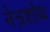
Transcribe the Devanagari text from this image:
नेत्रशोथ